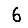
Digit: 6